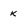
Character: k